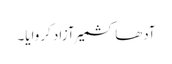
آدھا کشمیر آزاد کروایا۔